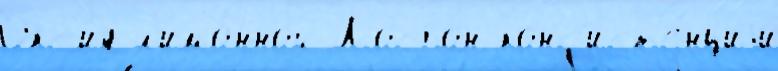
Окс'и́д л'имо́нной Лосьо́н конс'ист'е́нциjи